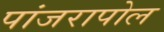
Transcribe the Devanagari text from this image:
पांजरापोल